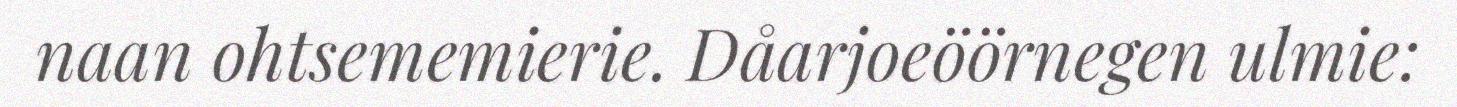
naan ohtsememierie. Dåarjoeöörnegen ulmie: